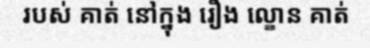
របស់ គាត់ នៅក្នុង រឿង ល្ខោន គាត់